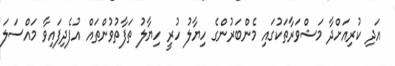
އަދި ކުރިއަށްދާ މަޝްވަރާތަކުގައި މެންބަރުންގެ ހިޔާލު ހުރީ ހިޔާލު ތަފާތުވުންތައް އުފެދިފައިވާ މައްސަލަ